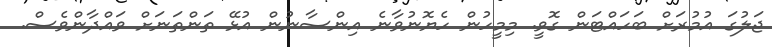
ޖަލުގަ އުމުރަށް ބަހައްޓަން ގޮވީ. މިމީހުން ހެޔޮނުވާނެ އިންސާނުން އުޅޭ ތަންތަނަށް ވައްދާންވެސް.